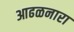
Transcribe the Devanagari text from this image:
आढळनारा